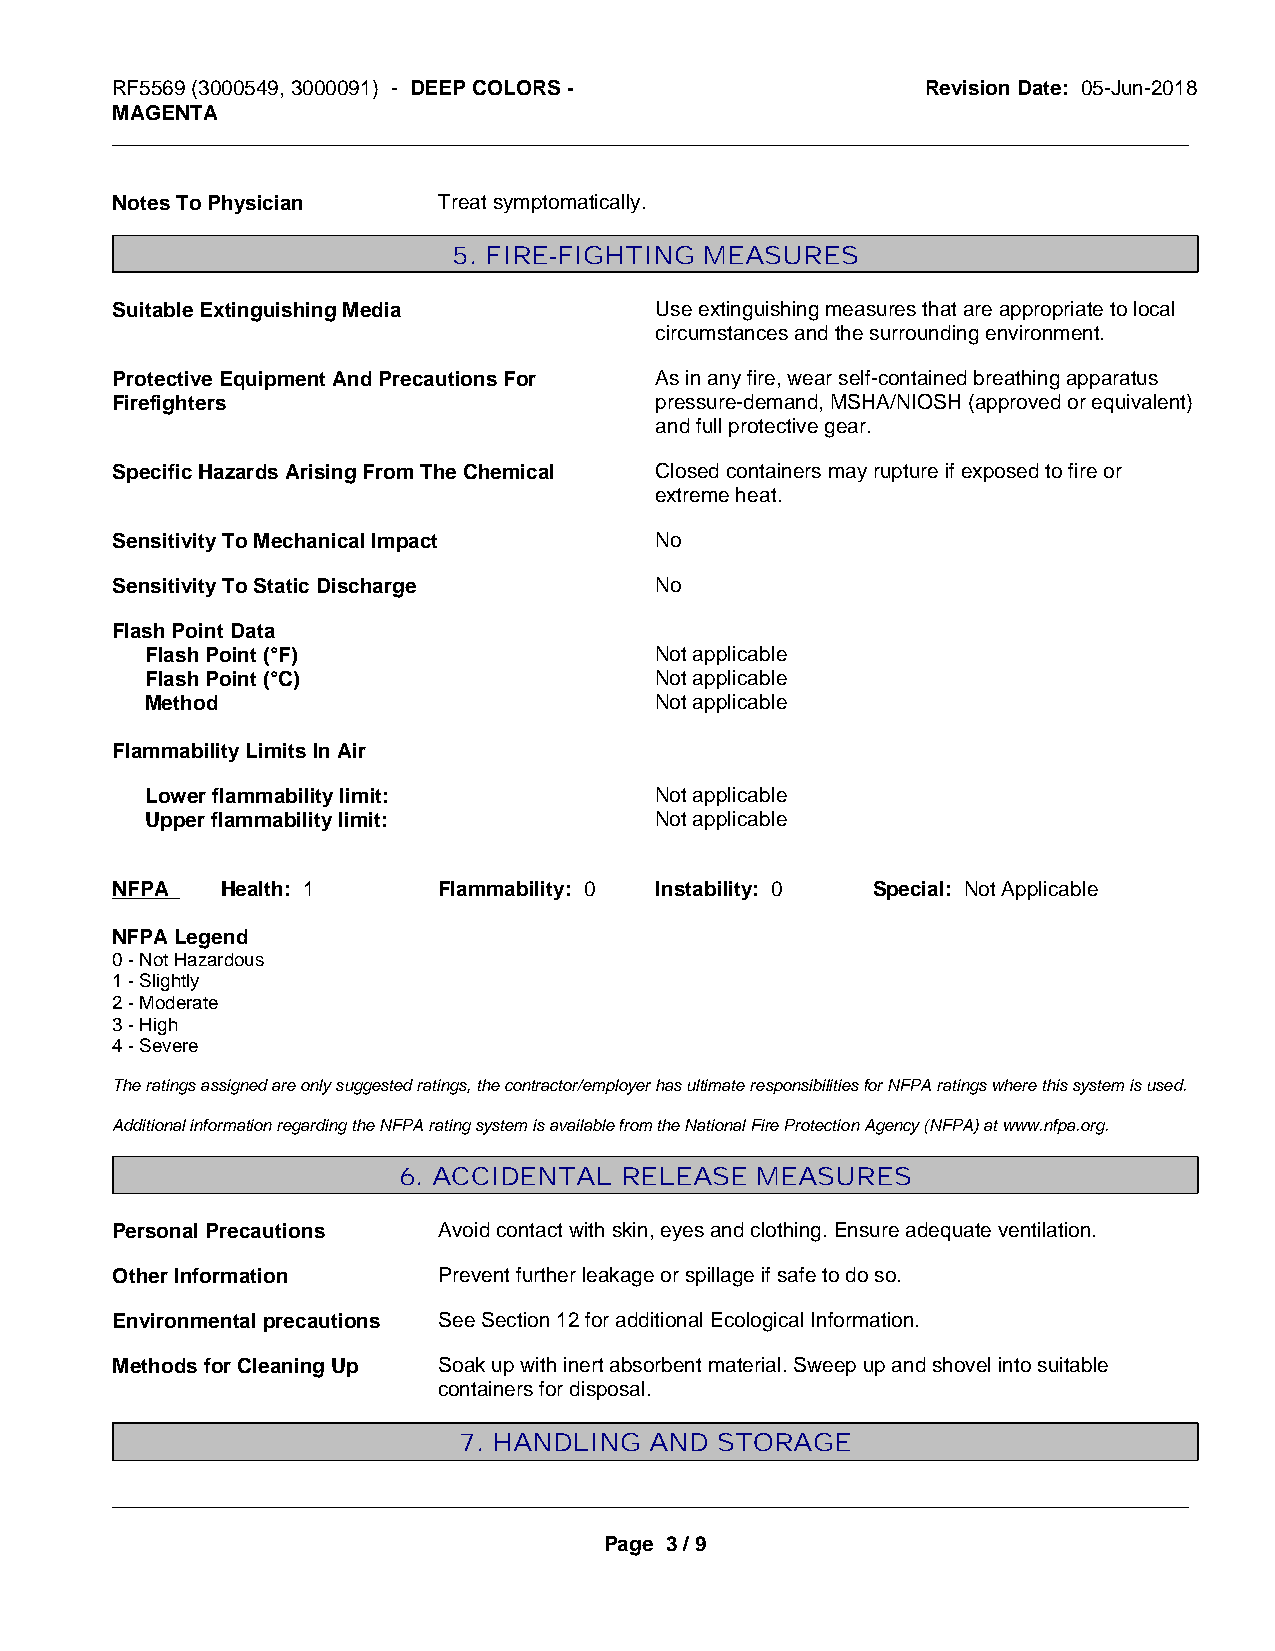
RF5569 (3000549, 3000091) - DEEP COLORS -             Revision Date: 05-Jun-2018
 MAGENTA
 _____________________________________________________________________________________________
 Notes To Physician    Treat symptomatically.
 5. FIRE-FIGHTING MEASURES
 Suitable Extinguishing Media        Use extinguishing measures that are appropriate to local
 circumstances and the surrounding environment.
 Protective Equipment And Precautions For As in any fire, wear self-contained breathing apparatus
 Firefighters                        pressure-demand, MSHA/NIOSH (approved or equivalent)
 and full protective gear.
 Specific Hazards Arising From The Chemical Closed containers may rupture if exposed to fire or
 extreme heat.
 Sensitivity To Mechanical Impact    No
 Sensitivity To Static Discharge     No
 Flash Point Data
 Flash Point (°F)                 Not applicable
 Flash Point (°C)                 Not applicable
 Method                           Not applicable
 Flammability Limits In Air
 Lower flammability limit:        Not applicable
 Upper flammability limit:        Not applicable
 NFPA    Health: 1     Flammability: 0 Instability: 0 Special: Not Applicable
 NFPA Legend
 0 - Not Hazardous
 1 - Slightly
 2 - Moderate
 3 - High
 4 - Severe
 The ratings assigned are only suggested ratings, the contractor/employer has ultimate responsibilities for NFPA ratings where this system is used.
 Additional information regarding the NFPA rating system is available from the National Fire Protection Agency (NFPA) at www.nfpa.org.
 6. ACCIDENTAL  RELEASE  MEASURES
 Personal Precautions  Avoid contact with skin, eyes and clothing. Ensure adequate ventilation.
 Other Information     Prevent further leakage or spillage if safe to do so.
 Environmental precautions See Section 12 for additional Ecological Information.
 Methods for Cleaning Up Soak up with inert absorbent material. Sweep up and shovel into suitable
 containers for disposal.
 7. HANDLING  AND STORAGE
 _____________________________________________________________________________________________
 Page 3 / 9